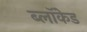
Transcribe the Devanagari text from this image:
ब्लॉकेड